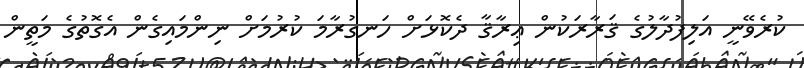
ކުރެވޭނީ އަލިފުދާލުގެ ޤަރާރަކުން ޢިރާޤާ ދެކޮޅަށް ހަނގުރާމަ ކުރުމަށް ނިންމައިގެން އެގޮތުގެ މަތީން